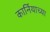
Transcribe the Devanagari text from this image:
कार्नियाच्या